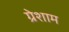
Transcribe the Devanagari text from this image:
ग्रेशाम